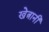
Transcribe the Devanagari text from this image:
खेत्रानी